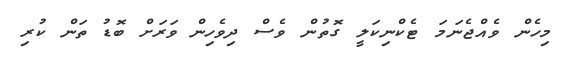
މިހެން ވެއްޖެނަމަ ޓެކްނިކަލީ ގޮތުން ވެސް ދިވެހިން ވަރަށް ބޮޑު ތަން ކުރި